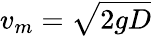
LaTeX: v_{m}={\sqrt{2gD}}